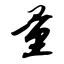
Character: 量